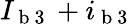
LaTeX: I_{\mathrm{~b~3~}}+i_{\mathrm{~b~3~}}